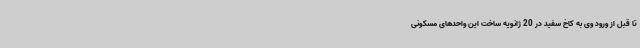
تا قبل از ورود وی به کاخ سفید در 20 ژانویه ساخت این واحدهای مسکونی